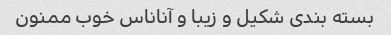
بسته بندی شکیل و زیبا و آناناس خوب ممنون